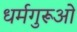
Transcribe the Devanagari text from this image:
धर्मगुरूओं